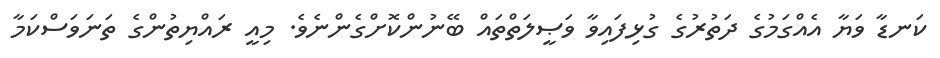
ކަނޑާ ވަޔާ އެއްގަމުގެ ދަތުރުގެ ގުޅިފައިވާ ވަޞީލަތްތައް ބޭނުންކޮށްގެންނެވެ. މިއީ ރައްޔިތުންގެ ތަނަވަސްކަމާ